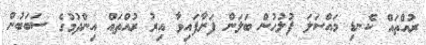
ރުއްތައް ކެނޑި މައްސަލަ ފުލުހުން ބަލަން ފަށާފައިވާ އިރު ރުއްތައް އިންދުމުގެ ސަބަބުން